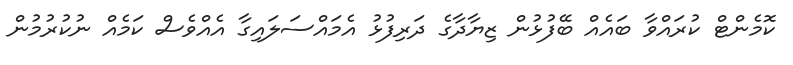
ކޮމެންޓް ކުރައްވާ ބައެއް ބޭފުޅުން ޒިޔާދާގެ ދަރިފުޅު އެމައްސަލައިގާ އެއްވެސް ކަމެއް ނުކުރުމުން